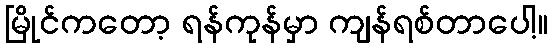
မြိုင်ကတော့ ရန်ကုန်မှာ ကျန်ရစ်တာပေါ့။